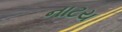
નાટય